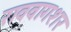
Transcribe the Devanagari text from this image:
राववागशर